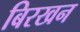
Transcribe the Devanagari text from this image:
बिरखन